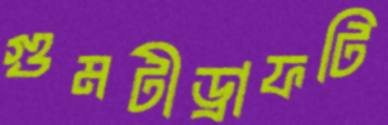
গুমটীড্রাফটি